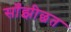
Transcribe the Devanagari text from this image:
साँझीछत